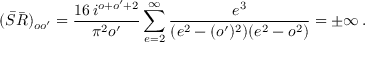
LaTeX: ( \bar { S } \bar { R } ) _ { o o ^ { \prime } } = { \frac { 1 6 \, i ^ { o + o ^ { \prime } + 2 } } { \pi ^ { 2 } o ^ { \prime } } } \sum _ { e = 2 } ^ { \infty } { \frac { e ^ { 3 } } { ( e ^ { 2 } - ( o ^ { \prime } ) ^ { 2 } ) ( e ^ { 2 } - o ^ { 2 } ) } } = \pm \infty \, .